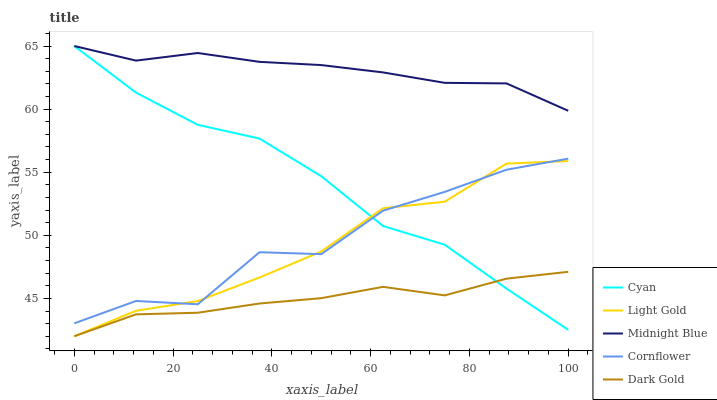
| xaxis_label | Cyan | Light Gold | Midnight Blue | Cornflower | Dark Gold |
 | --- | --- | --- | --- | --- | --- |
 | 0 | 65 | 42 | 65 | 43 | 42 |
 | 12.5 | 61.3 | 44 | 63.8 | 44.8 | 43.7 |
 | 25 | 58.8 | 44.8 | 64.4 | 44.5 | 43.9 |
 | 37.5 | 57.7 | 46.7 | 63.7 | 48.7 | 44.6 |
 | 50 | 54.7 | 48.7 | 63.5 | 48.5 | 45 |
 | 62.5 | 50.7 | 52.1 | 62.9 | 51.9 | 45.9 |
 | 75 | 49.3 | 52.7 | 62.1 | 53.4 | 45.2 |
 | 87.5 | 45.8 | 55.7 | 62 | 55.2 | 46.6 |
 | 100 | 42.5 | 55.9 | 59.9 | 56.1 | 47.1 |